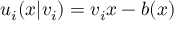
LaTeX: u _ { i } ( x | v _ { i } ) = v _ { i } x - b ( x )